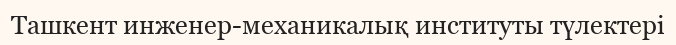
Ташкент инженер-механикалық институты түлектері